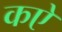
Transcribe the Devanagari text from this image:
कऐ